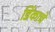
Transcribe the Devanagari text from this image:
डिंकाचे